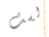
لست